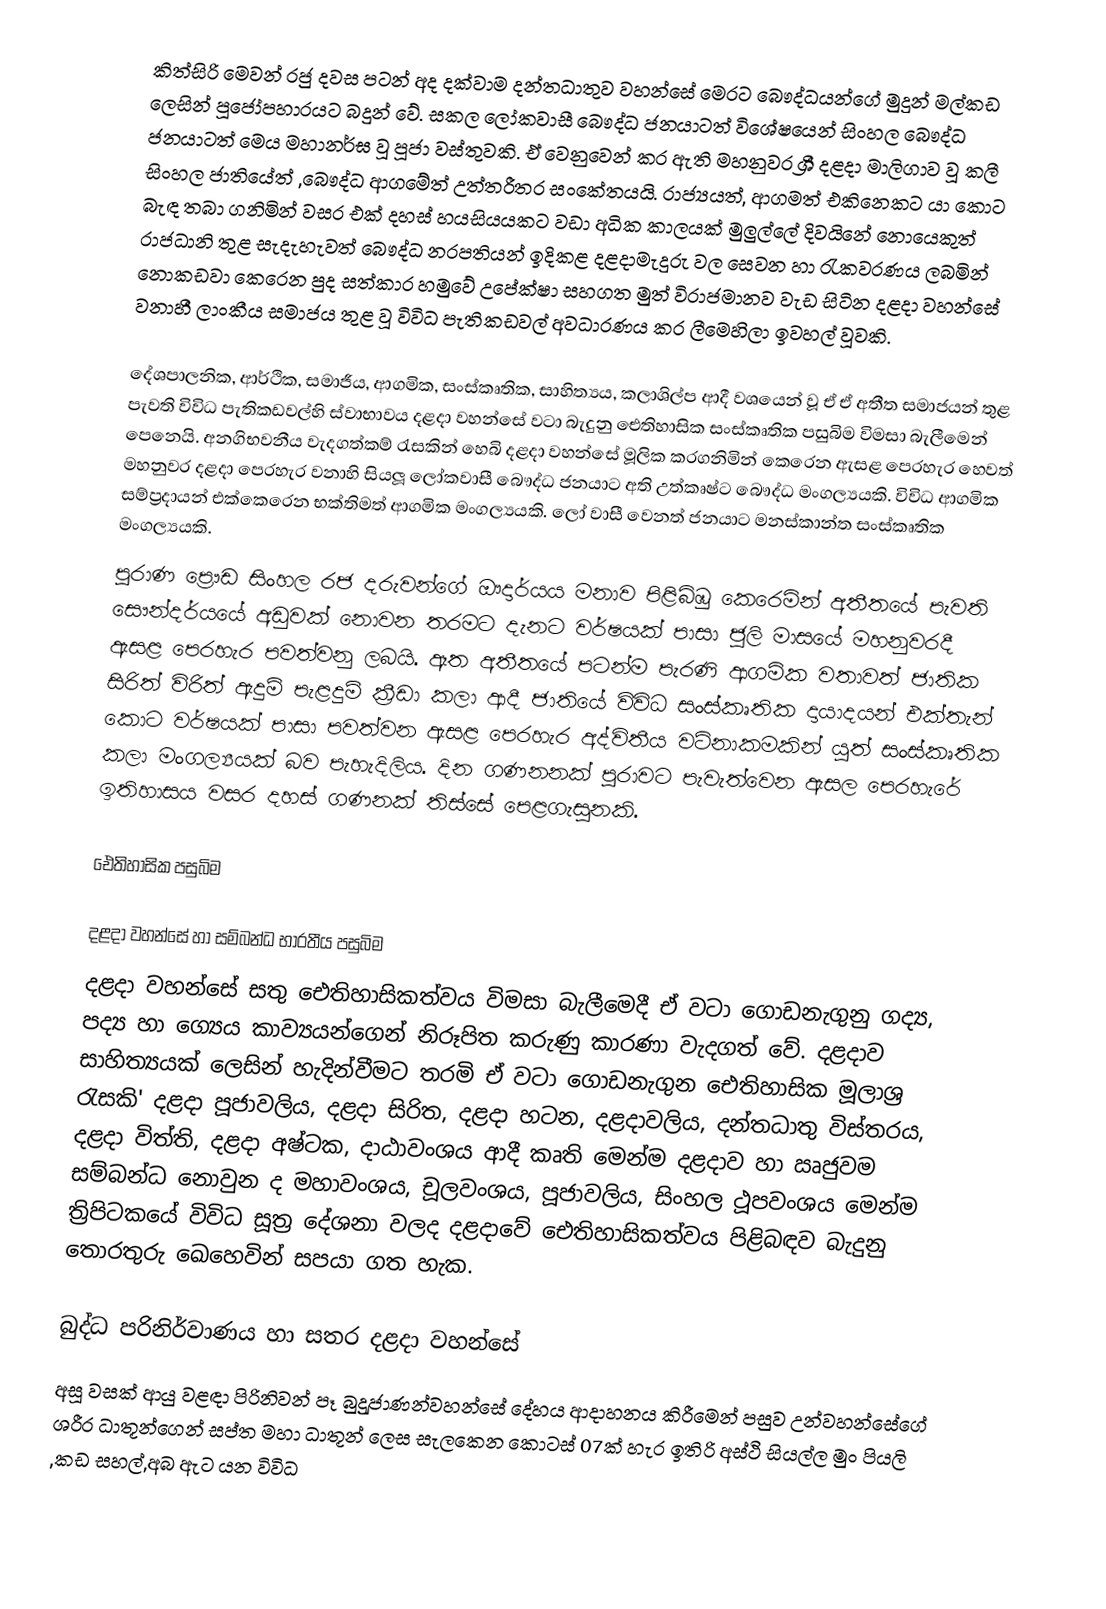
කිත්සිරි මෙවන් රජු දවස පටන් අද දක්වාම දන්තධාතුව වහන්සේ මෙරට බෞද්ධයන්ගේ මුදුන් මල්කඩ ලෙසින් පූජෝපහාරයට බදුන් වේ. සකල ලෝකවාසී බෞද්ධ ජනයාටත් විශේෂයෙන් සිංහල බෞද්ධ ජනයාටත් මෙය මහානර්ඝ වූ පූජා වස්තුවකි. ඒ වෙනුවෙන් කර ඇති මහනුවර ශ්‍රී දළදා මාලිගාව වූ කලී සිංහල ජාතියේත් ,බෞද්ධ ආගමේත් උත්තරීතර සංකේතයයි. රාජ්‍යයත්, ආගමත් එකිනෙකට යා කොට බැඳ තබා ගනිමින් වසර එක් දහස් හයසියයකට වඩා අධික කාලයක් මුලුල්ලේ දිවයිනේ නොයෙකුත් රාජධානි තුළ සැදැහැවත් බෞද්ධ නරපතියන් ඉදිකළ දළදාමැදුරු වල සෙවන හා රැකවරණය ලබමින් නොකඩවා කෙරෙන පුද සත්කාර හමුවේ උපේක්ෂා සහගත මුත් විරාජමානව වැඩ සිටින දළදා වහන්සේ වනාහී ලාංකීය සමාජය තුළ වූ විවිධ පැතිකඩවල් අවධාරණය කර ලීමෙහිලා ඉවහල් වූවකි.

දේශපාලනික, ආර්ථික, සමාජීය, ආගමික, සංස්කෘතික, සාහිත්‍යය, කලාශිල්ප ආදී වශයෙන් වූ ඒ ඒ අතීත සමාජයන් තුළ පැවති විවිධ පැතිකඩවල්හි ස්වාභාවය දළදා වහන්සේ වටා බැදුනු ඓතිහාසික සංස්කෘතික පසුබිම විමසා බැලීමෙන් පෙනෙයි. අනගිභවනීය වැදගත්කම් රැසකින් හෙබි දළදා වහන්සේ මූලික කරගනිමින් කෙරෙන ඇසළ පෙරහැර හෙවත් මහනුවර දළදා පෙරහැර වනාහි සියලූ ලෝකවාසී බෞද්ධ ජනයාට අති උත්කෘෂ්ට බෞද්ධ මංගල්‍යයකි. විවිධ ආගමික සම්ප්‍රදායන් එක්කෙරෙන භක්තිමත් ආගමික මංගල්‍යයකි. ලෝ වාසී වෙනත් ජනයාට මනස්කාන්ත සංස්කෘතික මංගල්‍යයකි.
පුරාණ ප්‍රෞඩ සිංහල රජ දරුවන්ගේ ඖදාර්යය මනාව පිළිබිඹු කෙරෙමින් අතීතයේ පැවති සෞන්දර්යයේ අඩුවක් නොවන තරමට  දැනට වර්ෂයක් පාසා ජූලි මාසයේ මහනුවරදී ඇසළ පෙරහැර පවත්වනු ලබයි. ඈත අතීතයේ පටන්ම පැරණි ආගමික වතාවත් ජාතික සිරිත් විරිත් ඇදුම් පැළදුම් ක්‍රීඩා කලා ආදී ජාතියේ විවිධ සංස්කෘතික දායාදයන්  එක්තැන් කොට වර්ෂයක් පාසා පවත්වන ඇසළ පෙරහැර අද්විතීය වටිනාකමකින් යුත් සංස්කෘතික කලා මංගල්‍යයක් බව පැහැදිලිය. දින ගණනනක් පුරාවට පැවැත්වෙන ඇසල පෙරහැරේ ඉතිහාසය වසර දහස් ගණනක් තිස්සේ පෙළගැසුනකි.

ඓතිහාසික පසුබිම

දළදා වහන්සේ හා සම්බන්ධ  භාරතීය පසුබිම
දළදා වහන්සේ සතු ඓතිහාසිකත්වය විමසා බැලීමෙදී ඒ වටා ගොඩනැගුනු ගද්‍ය, පද්‍ය හා ග්‍යෙය කාව්‍යයන්ගෙන් නිරූපිත කරුණු කාරණා වැදගත් වේ. දළදාව  සාහිත්‍යයක් ලෙසින් හැදින්වීමට තරමි ඒ වටා ගොඩනැගුන ඓතිහාසික මූලාශ්‍ර රැසකි' දළදා පූජාවලිය, දළදා සිරිත, දළදා හටන, දළදාවලිය, දන්තධාතු විස්තරය, දළදා විත්ති, දළදා අෂ්ටක,  දාඨාවංශය ආදී කෘති මෙන්ම දළදාව හා ඍජුවම සම්බන්ධ නොවුන ද මහාවංශය, චූලවංශය, පූජාවලිය, සිංහල ථූපවංශය මෙන්ම ත්‍රිපිටකයේ විවිධ සූත්‍ර දේශනා වලද දළදාවේ ඓතිහාසිකත්වය පිළිබඳව  බැදුනු තොරතුරු ඛෙහෙවින් සපයා ගත හැක.

බුද්ධ පරිනිර්වාණය හා සතර දළදා වහන්සේ
අසූ වසක් ආයු වළඳා පිරිනිවන් පෑ බුදුුජාණන්වහන්සේ දේහය ආදාහනය කිරීමෙන් පසුව උන්වහන්සේගේ ශරීර ධාතූන්ගෙන් සප්ත මහා ධාතූන් ලෙස සැලකෙන කොටස් 07ක් හැර ඉතිරි අස්ථි සියල්ල මුං පියලි ,කඩ සහල්,අබ ඇට යන විවිධ